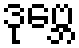
ဒုဗ္ဘေ